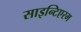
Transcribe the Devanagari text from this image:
साइन्टिएरम